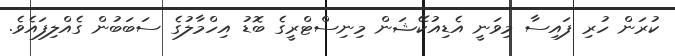
ކުރަން ހުރި ފައިސާ މިވަނީ އެޑިއުކޭޝަން މިނިސްޓްރީގެ ބޮޑު އިހްމާލުގެ ސަބަބުން ގެއްލިފައެވެ.